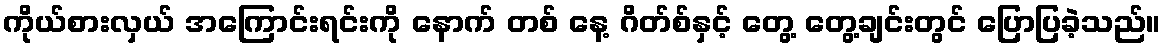
ကိုယ်စားလှယ် အကြောင်းရင်းကို နောက် တစ် နေ့ ဂိတ်စ်နှင့် တွေ့ တွေ့ချင်းတွင် ပြောပြခဲ့သည်။